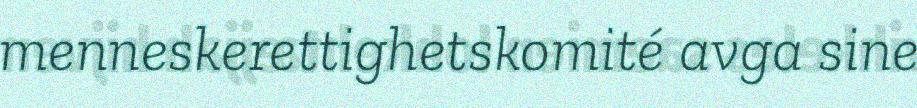
menneskerettighetskomité avga sine